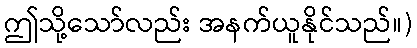
ဤသို့သော်လည်း အနက်ယူနိုင်သည်။)